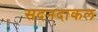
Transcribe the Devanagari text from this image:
सदनदाकल